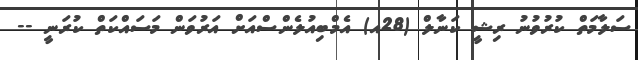
ސަލާމަތް ކުރުވުނު ރިޝީ ކަނާލް (28އ) އެމްބިއުލެންސްއަށް އަރުވަން މަސައްކަތް ކުރަނީ --